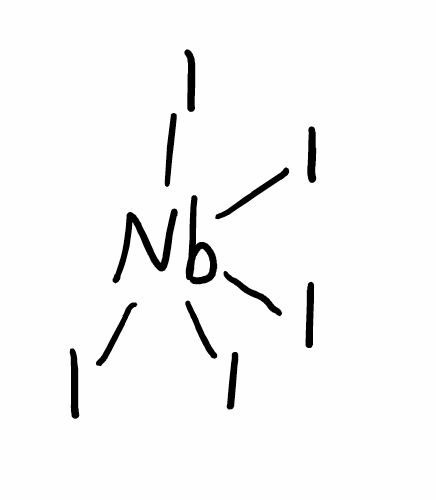
Simplified molecular-input line-entry system (SMILES) notation of the given molecule:
[Nb](I)(I)(I)(I)I